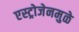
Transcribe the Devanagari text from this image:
एस्ट्रोजेनमुळे